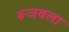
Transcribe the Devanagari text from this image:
रूजवला